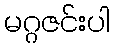
မဂ္ဂဇင်းပါ